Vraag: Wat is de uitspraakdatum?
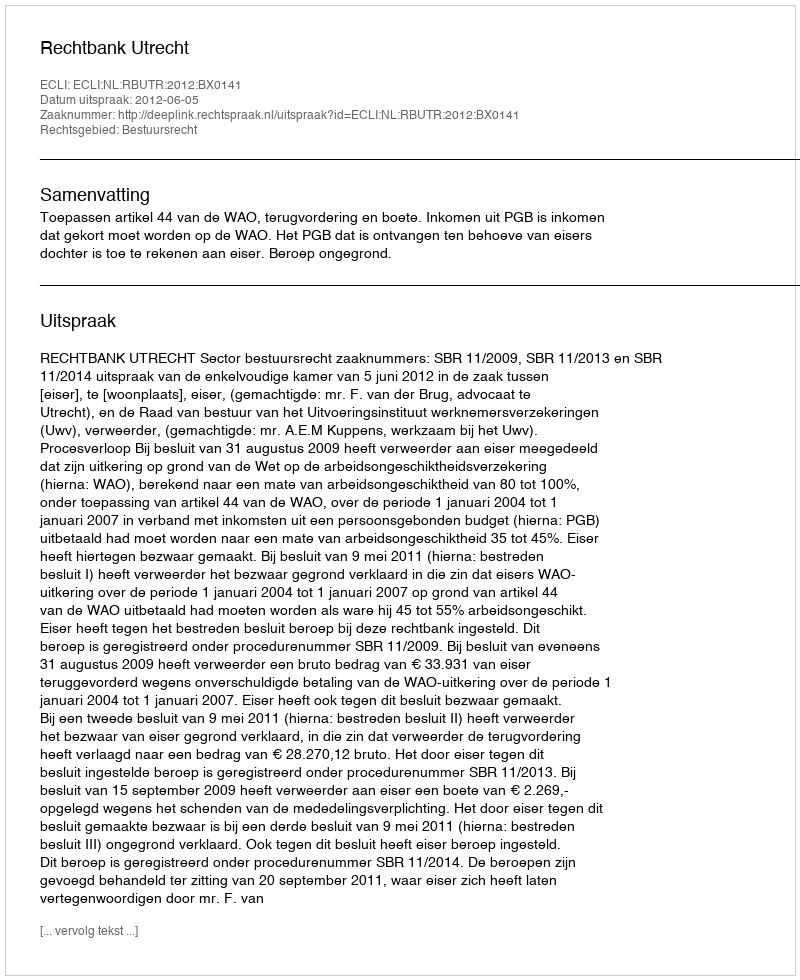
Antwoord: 2012-06-05